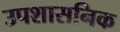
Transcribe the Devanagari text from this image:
उपशासनिक